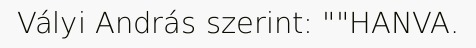
Vályi András szerint: ""HANVA.